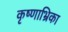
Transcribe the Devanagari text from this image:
कृष्णाभ्रिका